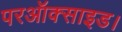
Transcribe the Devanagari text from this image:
परऑक्साइड।